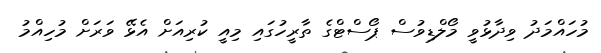
މުހައްމަދު ވިދާޅުވީ މޯލްޑިވުސް ޕޯސްޓްގެ ތާރީހުގައި މިއީ ކުރިއަށް އެޅޭ ވަރަށް މުހިއްމު